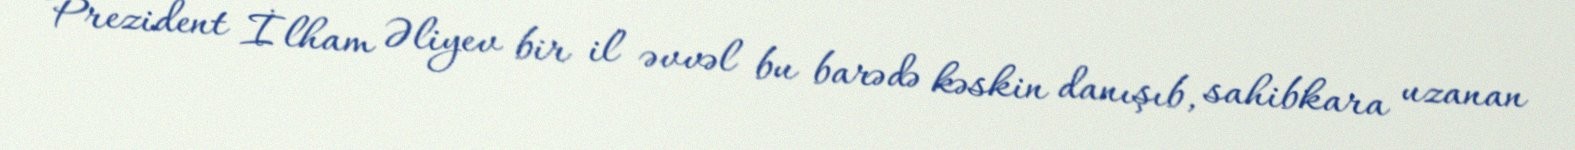
Prezident İlham Əliyev bir il əvvəl bu barədə kəskin danışıb, sahibkara uzanan